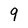
Character: 9